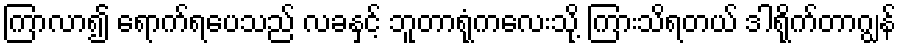
ကြာလာ၍ ရောက်ရပေသည် လခနှင့် ဘူတာရုံကလေးသို့ ကြားသိရတယ် ဒါရိုက်တာဂျွန်